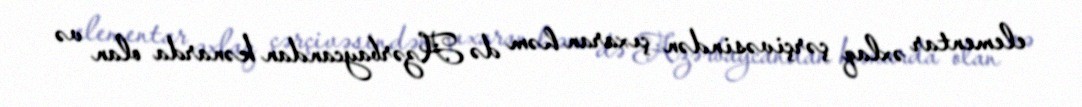
elementar əxlaq çərçivəsindən çıxaran həm də Azərbaycandan kənarda olan və